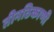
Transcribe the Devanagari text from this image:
तीनठिकाणी